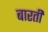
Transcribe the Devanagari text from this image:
बारती